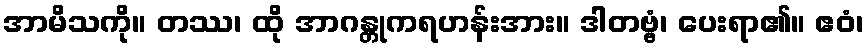
အာမိသကို။ တဿ၊ ထို အာဂန္တုကရဟန်းအား။ ဒါတဗ္ဗံ၊ ပေးရာ၏။ ဧဝံ၊